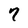
Character: 7